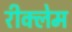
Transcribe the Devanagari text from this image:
रीक्लेम